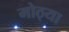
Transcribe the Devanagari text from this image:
मोठ्‍या